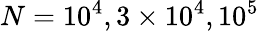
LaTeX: N=10^{4},3\times 10^{4},10^{5}